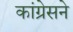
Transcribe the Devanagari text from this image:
कांग्रेसने